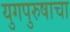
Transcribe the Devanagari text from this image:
युगपुरुषाचा